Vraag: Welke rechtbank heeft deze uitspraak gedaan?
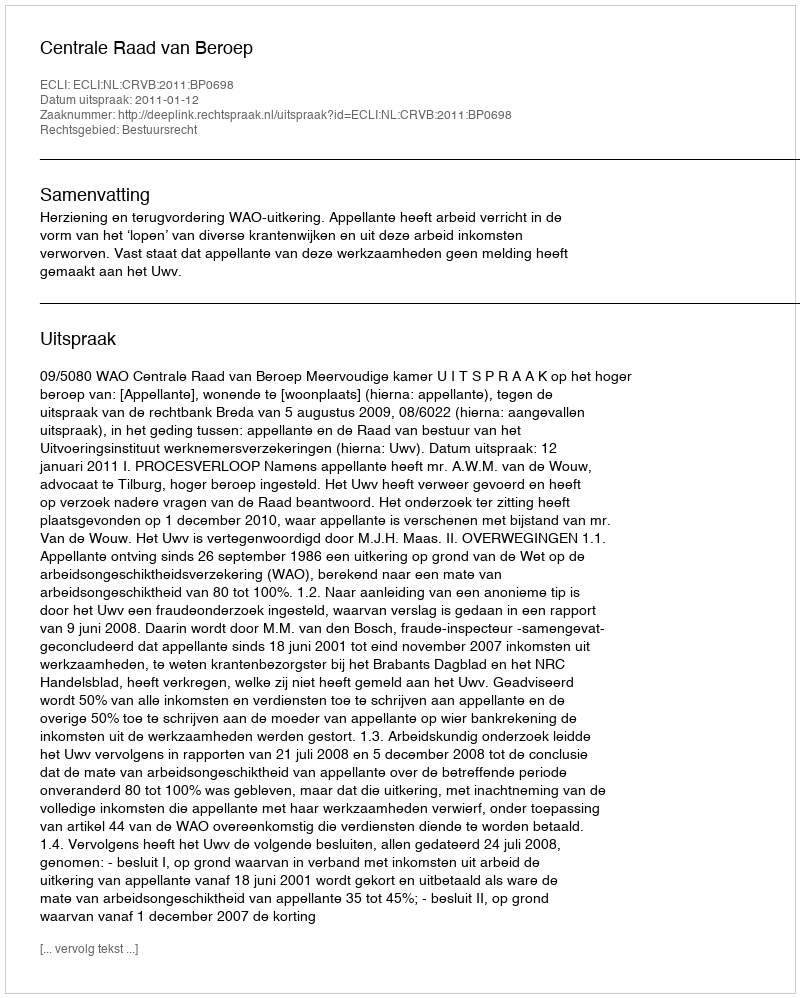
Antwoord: Centrale Raad van Beroep